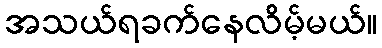
အသယ်ရခက်နေလိမ့်မယ်။